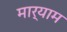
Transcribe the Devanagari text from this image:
मार्याम